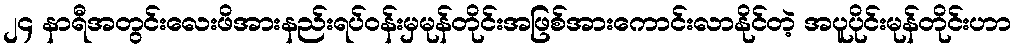
၂၄ နာရီအတွင်းလေးဖိအားနည်းရပ်ဝန်းမှမုန်တိုင်းအဖြစ်အားကောင်းလာနိုင်တဲ့ အပူပိုင်းမုန်တိုင်းဟာ